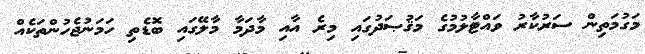
މަގުމަތިން ސަރުކާރު ވައްޓާލުމުގެ މަޤުޞަދުގައި މިރެ އާއި މާދަމާ މާލޭގައި ބޮޑެތި ހަމަނުޖެހުންތަކެއް